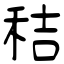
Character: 秸